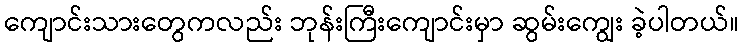
ကျောင်းသားတွေကလည်း ဘုန်းကြီးကျောင်းမှာ ဆွမ်းကျွေး ခဲ့ပါတယ်။